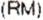
(RM)